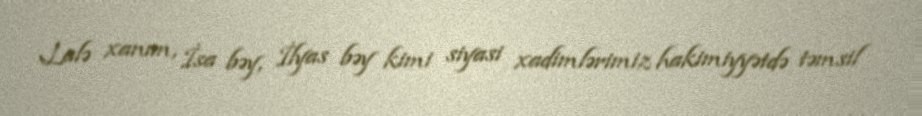
Lalə xanım, İsa bəy, İlyas bəy kimi siyasi xadimlərimiz hakimiyyətdə təmsil